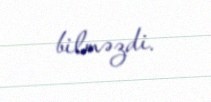
bilməzdi.